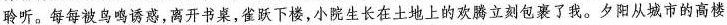
聆听。每每被鸟鸣诱惑，离开书桌，雀跃下楼，小院生长在土地上的欢腾立刻包裹了我。夕阳从城市的高楼